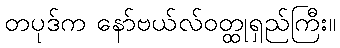
တပုဒ်က နော်ဗယ်လ်ဝတ္ထုရှည်ကြီး။